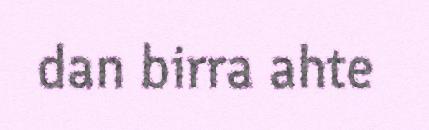
dan birra ahte